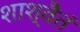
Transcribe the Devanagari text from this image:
शाश्वैतं